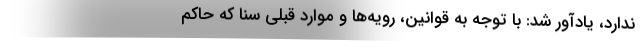
ندارد، یادآور شد: با توجه به قوانین، رویه‌ها و موارد قبلی سنا که حاکم